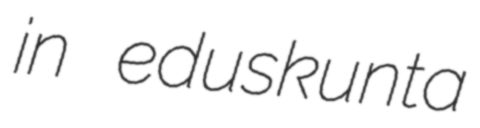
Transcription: in eduskunta